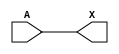
/*
 * Copyright 2020 The SkyWater PDK Authors
 *
 * Licensed under the Apache License, Version 2.0 (the "License");
 * you may not use this file except in compliance with the License.
 * You may obtain a copy of the License at
 *
 *     https://www.apache.org/licenses/LICENSE-2.0
 *
 * Unless required by applicable law or agreed to in writing, software
 * distributed under the License is distributed on an "AS IS" BASIS,
 * WITHOUT WARRANTIES OR CONDITIONS OF ANY KIND, either express or implied.
 * See the License for the specific language governing permissions and
 * limitations under the License.
 *
 * SPDX-License-Identifier: Apache-2.0
*/


`ifndef SKY130_FD_SC_LP__DLYMETAL6S6S_FUNCTIONAL_V
`define SKY130_FD_SC_LP__DLYMETAL6S6S_FUNCTIONAL_V

/**
 * dlymetal6s6s: 6-inverter delay with output from 6th inverter on
 *               horizontal route.
 *
 * Verilog simulation functional model.
 */

`timescale 1ns / 1ps
`default_nettype none

`celldefine
module sky130_fd_sc_lp__dlymetal6s6s (
    X,
    A
);

    // Module ports
    output X;
    input  A;

    // Local signals
    wire buf0_out_X;

    //  Name  Output      Other arguments
    buf buf0 (buf0_out_X, A              );
    buf buf1 (X         , buf0_out_X     );

endmodule
`endcelldefine

`default_nettype wire
`endif  // SKY130_FD_SC_LP__DLYMETAL6S6S_FUNCTIONAL_V